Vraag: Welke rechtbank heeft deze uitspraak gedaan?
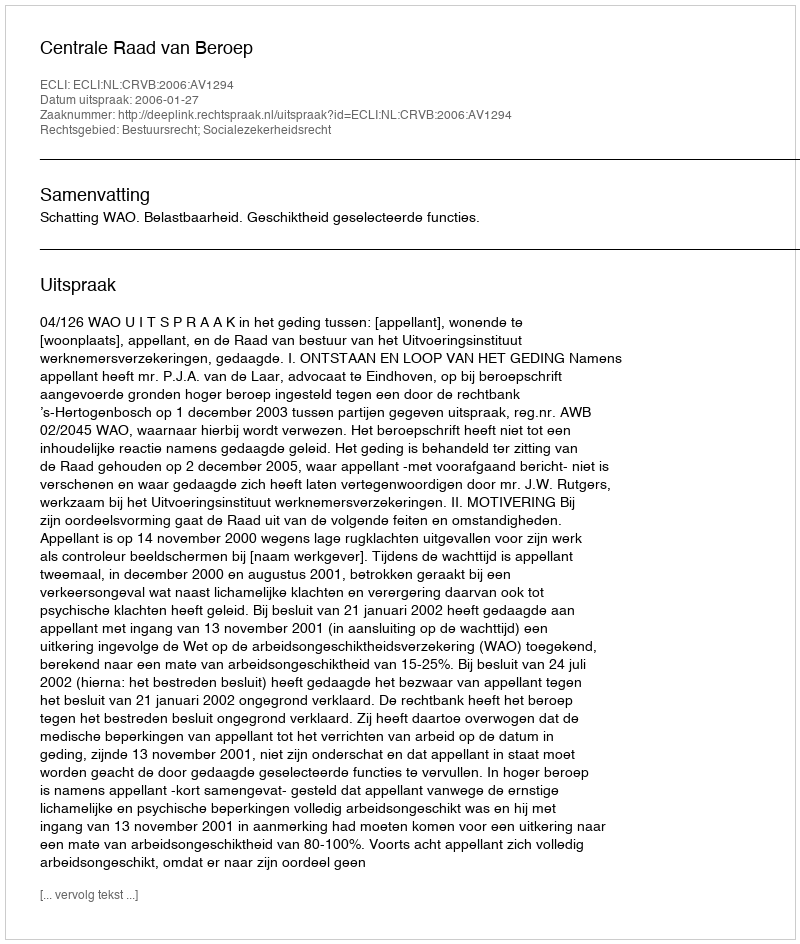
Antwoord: Centrale Raad van Beroep